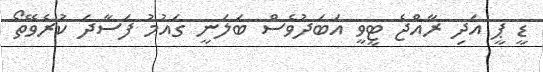
ޑީ ޕީ އަދި ރާއްޖެ ޓީވީ އަބަދުވެސް ބަލަނީ ގައުމު ފަސާދަ ކުރެވޭތޯ